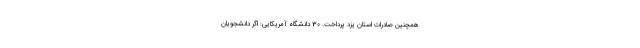
همچنین صادرات استان یزد پرداخت. 30 دانشگاه آمریکایی: اگر دانشجویان